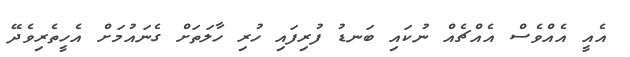
އެއީ އެއްވެސް އެއްޗެއް ނުކައި ބަނޑު ފުރިފައި ހުރި ހާލަތަށް ގެނައުމަށް އެހީތެެރިވެދޭ